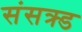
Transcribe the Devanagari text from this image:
संसक्र्ड